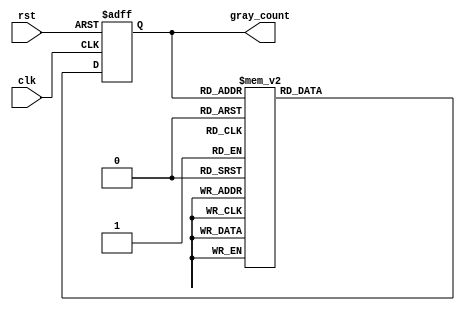
module gray_counter (
    input wire clk,
    input wire rst,
    output reg[3:0] gray_count
);

reg [3:0] gray_count_next;

always @(posedge clk or posedge rst) begin
    if (rst) begin
        gray_count <= 4'b0000;
    end else begin
        gray_count <= gray_count_next;
    end
end

always @(*) begin
    case (gray_count)
        4'b0000: gray_count_next = 4'b0001;
        4'b0001: gray_count_next = 4'b0011;
        4'b0011: gray_count_next = 4'b0010;
        4'b0010: gray_count_next = 4'b0110;
        4'b0110: gray_count_next = 4'b0111;
        4'b0111: gray_count_next = 4'b0101;
        4'b0101: gray_count_next = 4'b0100;
        4'b0100: gray_count_next = 4'b1100;
        4'b1100: gray_count_next = 4'b1101;
        4'b1101: gray_count_next = 4'b1111;
        4'b1111: gray_count_next = 4'b1110;
        4'b1110: gray_count_next = 4'b1010;
        4'b1010: gray_count_next = 4'b1011;
        4'b1011: gray_count_next = 4'b1001;
        4'b1001: gray_count_next = 4'b1000;
        4'b1000: gray_count_next = 4'b0000;
    endcase
end

endmodule